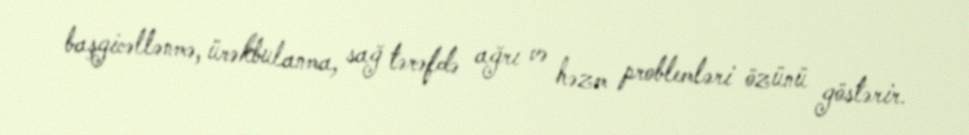
başgicəllənmə, ürəkbulanma, sağ tərəfdə ağrı və həzm problemləri özünü göstərir.